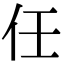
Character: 任